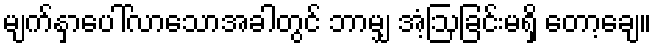
မျက်နှာပေါ်လာသောအခါတွင် ဘာမျှ အံ့ဩခြင်းမရှိ တော့ချေ။